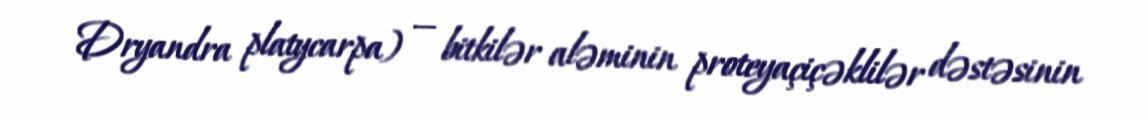
Dryandra platycarpa) — bitkilər aləminin proteyaçiçəklilər dəstəsinin